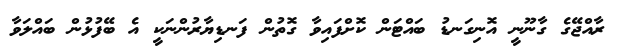
ރާއްޖޭގެ ގާނޫނީ އޮނިގަނޑު ބައްޓަން ކޮށްފައިވާ ގޮތުން ފަނޑިޔާރުންނަކީ އެ ބޭފުޅުން ބައްލަވާ